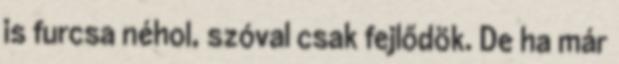
is furcsa néhol, szóval csak fejlődök. De ha már